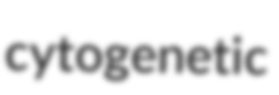
cytogenetic